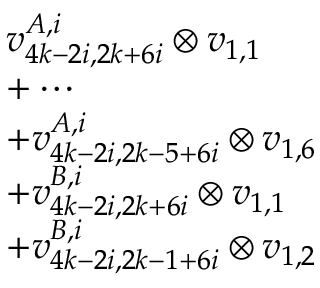
\begin{array} { r l } & { v _ { 4 k - 2 i , 2 k + 6 i } ^ { A , i } \otimes v _ { 1 , 1 } } \\ & { + \cdots } \\ & { + v _ { 4 k - 2 i , 2 k - 5 + 6 i } ^ { A , i } \otimes v _ { 1 , 6 } } \\ & { + v _ { 4 k - 2 i , 2 k + 6 i } ^ { B , i } \otimes v _ { 1 , 1 } } \\ & { + v _ { 4 k - 2 i , 2 k - 1 + 6 i } ^ { B , i } \otimes v _ { 1 , 2 } } \end{array}